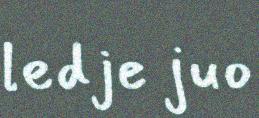
ledje juo